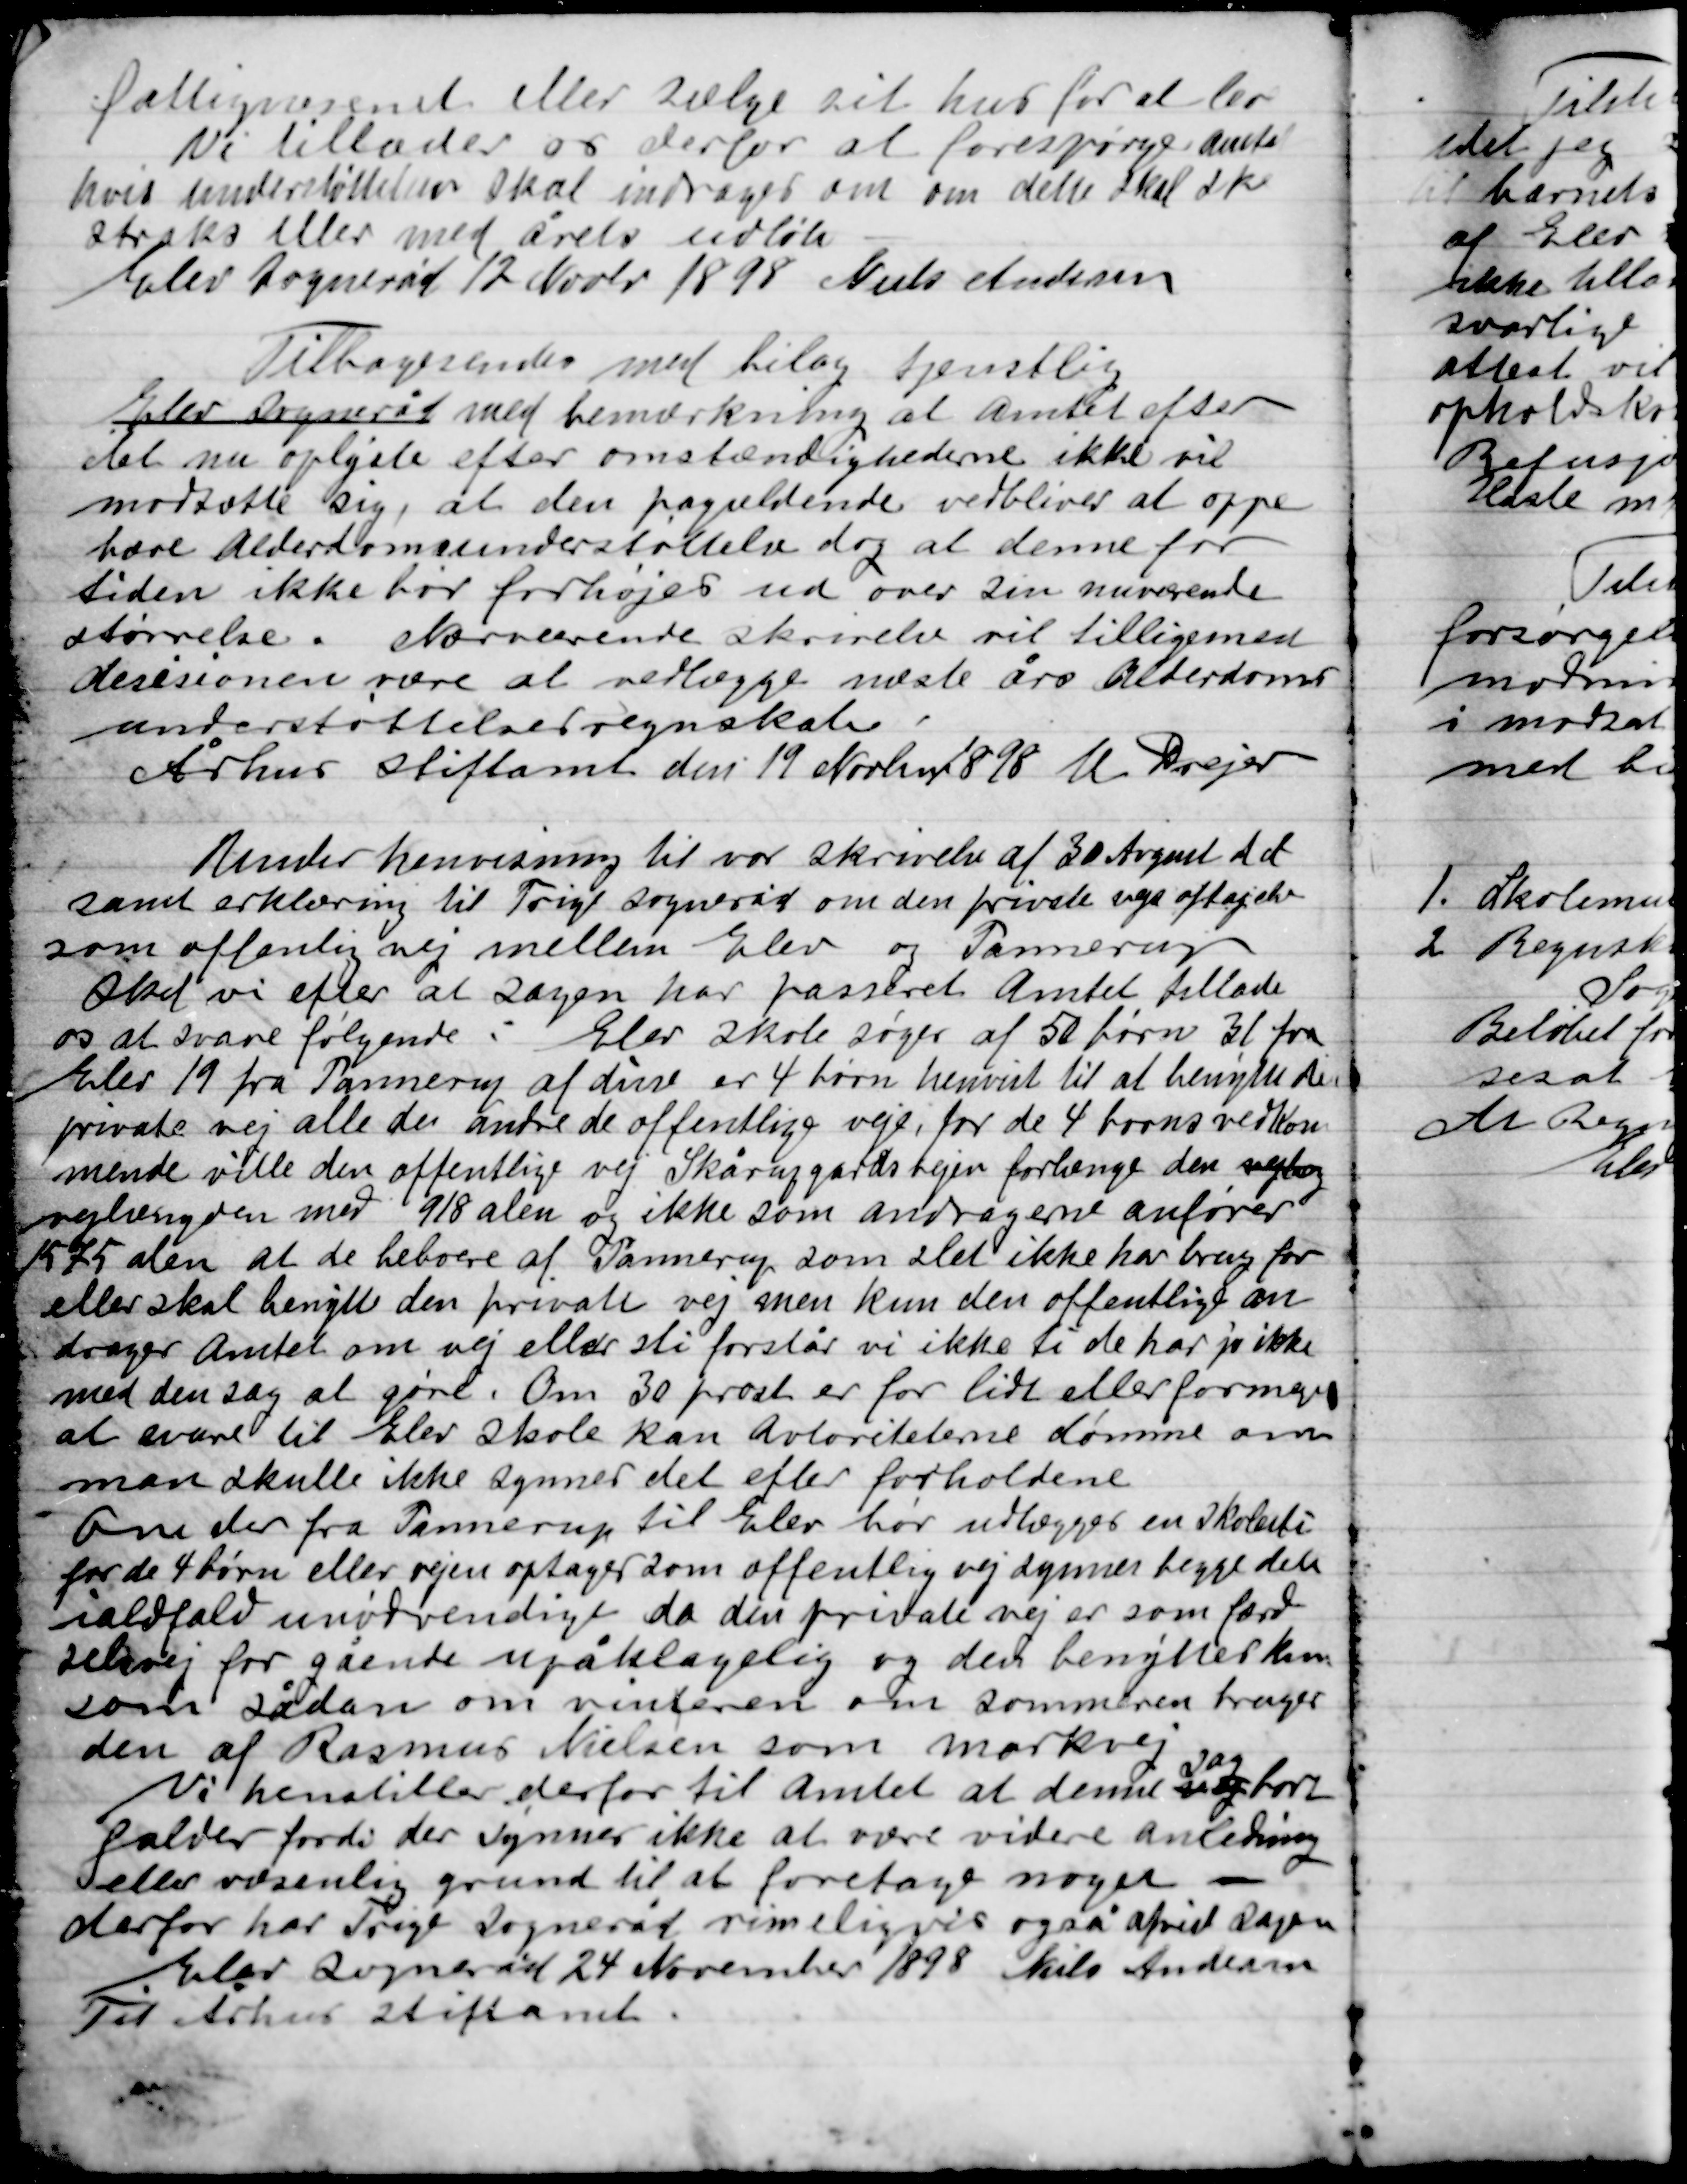
Transskription:
fattigvæsenet eller sælge sit hus for at leve.
Vi tillader os derfor at forespørge Amtet
hvis understøttelsen skal inddrages om, om dette skal ske
straks eller med årets udløb.
Elev Sogneråd 12 Novbr. 1898 Niels Andersen

Tilbagesendes med bilag tjenstlig
Elev Sogneråd med bemærkning at Amtet efter
det nu oplyste efter omstændighederne ikke vil
modsætte sig, at den pågældende vedbliver at oppe-
bære Alderdomsunderstøttelse dog at denne for
tiden ikke bør forhøjes ud over sin nuværende
størrelse. Nærværende skrivelse vil tilligemed
decisionen være at vedlægge næste års Alderdoms-
understøttelsesregnskab.
Århus Stiftsamt den 19 Novbr. 1898 U. Drejer

Under henvisning til vor skrivelse af 30 August d. A.
samt erklæring til Forrige Sogneråd om den private vejs aftagelse
som offentlig vej mellem Elev og Pannerup
Idet vi efter at sagen har passeret Amtet tillade
os at svare følgende: Elev skole søges af 50 børn, 31 fra
Elev 19 fra Pannerup, af disse er 4 børn henvist til at benytte den
private vej alle de andre de offentlige veje, for de 4 børns vedkom-
mende ville den offentlige vej Skårupgårdsvejen forlænge den vejlæg
vejlængden med 918 alen og ikke som andragerne anfører
1575 alen at de beboere af Pannerup som slet ikke har brug for
eller skal benytte den private vej men kun den offentlige an-
drager Amtet om vej eller sti forstår vi ikke ti de har jo ikke
med den sag at gøre. Om 30 procent er for lidt eller for meget
at svare til Elev skole kan Autoriteterne dømme om
man skulle ikke synes det efter forholdene.
Om der fra Pannerup til Elev bør udlægges en skolesti
for de 4 børn eller vejen optages som offentlig vej synes begge dette
ialtfald unødvendigt da den private vej er som færd-
selsvej for gående upåklagelig og den benyttes kun
som sådan om vinteren om Sommeren bruges
den af Rasmus Nielsen som markvej.
Vi henstiller derfor til Amtet at denne sg
sag
bort-
falder fordi der synes ikke at være videre anledning
eller væsentlig grund til at foretage noget -
derfor har Trige Sogneråd rimeligvis også afvist sagen.
Elev Sogneråd 24 November 1898 Niels Andersen
Til Århus Stiftsamt.